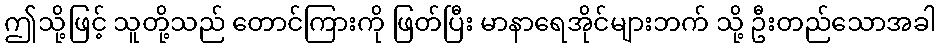
ဤသို့ဖြင့် သူတို့သည် တောင်ကြားကို ဖြတ်ပြီး မာနာရေအိုင်များဘက် သို့ ဦးတည်သောအခါ